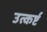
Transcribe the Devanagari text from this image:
उत्कर्ष्ट